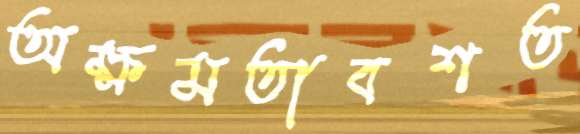
অক্ষমতাবশত